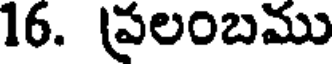
16. ప్రలంబము